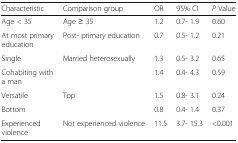
| Characteristic | Comparison group | OR | 95% CI | P Value |
 | --- | --- | --- | --- | --- |
 | Age < 35 | Age ≥ 35 | 1.2 | 0.7- 1.9 | 0.60 |
 | At most primary education | Post- primary education | 0.7 | 0.5- 1.2 | 0.21 |
 | Single | <ROWSPAN=2> Married heterosexually | 1.3 | 0.5- 3.2 | 0.65 |
 | Cohabiting with a man | 1.4 | 0.4- 4.3 | 0.59 |
 | Versatile | <ROWSPAN=2> Top | 1.5 | 0.8- 3.1 | 0.24 |
 | Bottom | 0.8 | 0.4- 1.4 | 0.37 |
 | Experienced violence | Not experienced violence | 11.5 | 3.7- 15.3 | <0.001 |